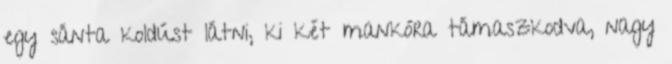
egy sánta koldúst látni, ki két mankóra támaszkodva, nagy